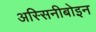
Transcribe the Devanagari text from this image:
अस्सिनीबोइन